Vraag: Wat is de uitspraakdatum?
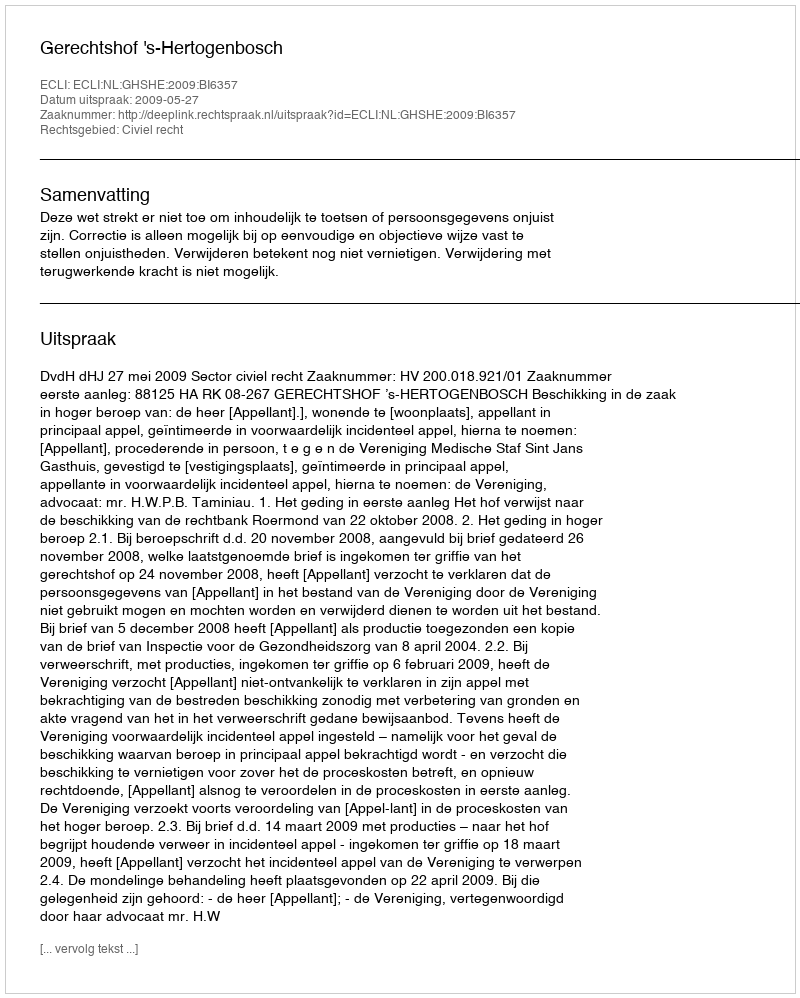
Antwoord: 2009-05-27